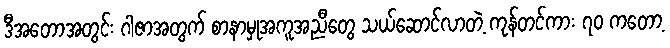
ဒီအတောအတွင်း ဂါဇာအတွက် စာနာမှုအကူအညီတွေ သယ်ဆောင်လာတဲ့ ကုန်တင်ကား ၇၀ ကတော့